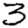
Digit: 3